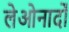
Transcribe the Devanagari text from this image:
लेओनार्दों